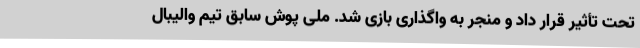
تحت تأثیر قرار داد و منجر به واگذاری بازی شد. ملی پوش سابق تیم والیبال